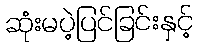
ဆုံးမပဲ့ပြင်ခြင်းနှင့်